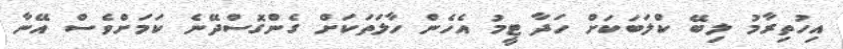
އިހުތިރާމު ލިބޭ ކްލަބަކަށް ހަދާ ޓީމު އެހެން ހާލަތަކަށް ގެންގޮސްދޭނެ ކަމަށްވެސް އޭނާ